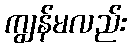
ကျွန်မလည်း